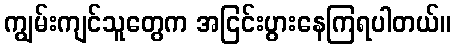
ကျွမ်းကျင်သူတွေက အငြင်းပွားနေကြရပါတယ်။